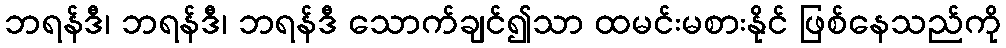
ဘရန်ဒီ၊ ဘရန်ဒီ၊ ဘရန်ဒီ သောက်ချင်၍သာ ထမင်းမစားနိုင် ဖြစ်နေသည်ကို